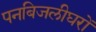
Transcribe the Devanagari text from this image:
पनबिजलीघरों